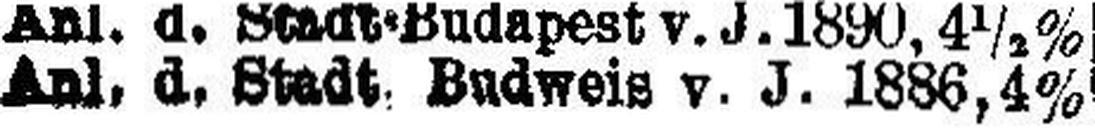
Anl. d. Stadt Budweis v. J. 1886, 4%